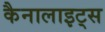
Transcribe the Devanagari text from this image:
कैनालाइट्स